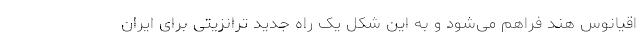
اقیانوس هند فراهم می‌شود و به این شکل یک راه جدید ترانزیتی برای ایران